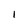
Character: I